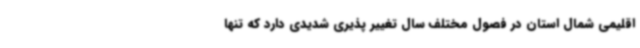
اقلیمی شمال استان در فصول مختلف سال تغییر پذیری شدیدی دارد که تنها